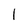
Character: I